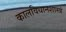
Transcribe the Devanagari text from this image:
कालविधानशास्त्रं